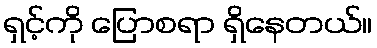
ရှင့်ကို ပြောစရာ ရှိနေတယ်။